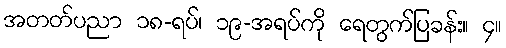
အတတ်ပညာ ၁၈-ရပ်၊ ၁၉-အရပ်ကို ရေတွက်ပြခန်း။ ၄။